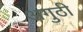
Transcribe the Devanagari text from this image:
अगुठी